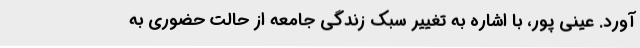
آورد. عینی پور، با اشاره به تغییر سبک زندگی جامعه از حالت حضوری به